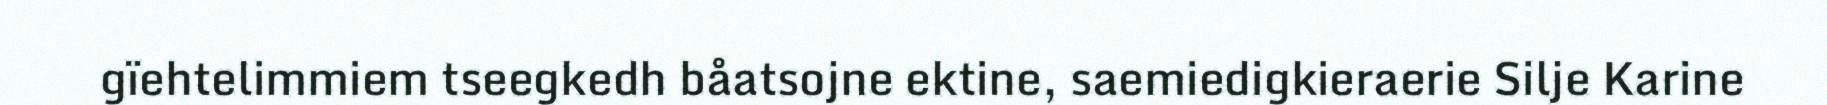
gïehtelimmiem tseegkedh båatsojne ektine, saemiedigkieraerie Silje Karine